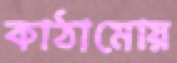
কাঠামোয়